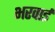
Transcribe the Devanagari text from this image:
भरवाई